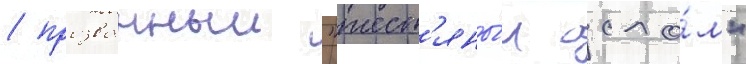
/ прозванныи "жест'яны́м осло́м"